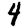
Digit: 4